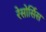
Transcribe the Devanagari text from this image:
रेसोर्सिस